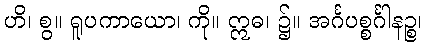
ဟိ၊ စွ။ ရူပကာယော၊ ကို။ ဣဓ၊ ၌။ အင်္ဂပစ္စင်္ဂါနဉ္စ၊